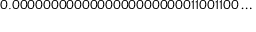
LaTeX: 0 . 0 0 0 0 0 0 0 0 0 0 0 0 0 0 0 0 0 0 0 0 0 0 0 1 1 0 0 1 1 0 0 \ldots